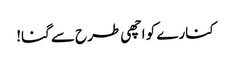
کنارے کو اچھی طرح سے گنا!